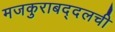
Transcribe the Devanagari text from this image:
मजकुराबद्दलची